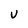
Character: U